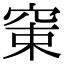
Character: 𥦈